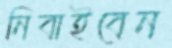
নিবাইবেন